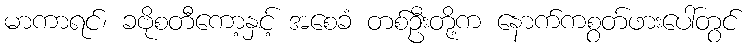
မာကာရင်၊ ခဗိုစတီကော့နှင့် အစေခံ တစ်ဦးတို့က နောက်ကစွတ်ဖားပေါ်တွင်